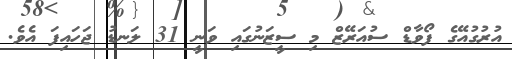
އުރުގުއޭގެ ފޯވާޑް ސުއަރޭޒް މި ސީޒަނުގައި ވަނީ 31 ލަނޑު ޖަހައިފަ އެވެ.